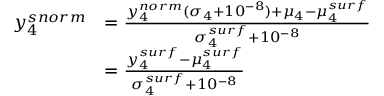
\begin{array} { r l } { y _ { 4 } ^ { s n o r m } } & { = \frac { y _ { 4 } ^ { n o r m } ( \sigma _ { 4 } + 1 0 ^ { - 8 } ) + \mu _ { 4 } - \mu _ { 4 } ^ { s u r f } } { \sigma _ { 4 } ^ { s u r f } + 1 0 ^ { - 8 } } } \\ & { = \frac { y _ { 4 } ^ { s u r f } - \mu _ { 4 } ^ { s u r f } } { \sigma _ { 4 } ^ { s u r f } + 1 0 ^ { - 8 } } } \end{array}